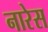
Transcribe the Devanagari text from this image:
नारेस